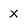
Character: x